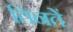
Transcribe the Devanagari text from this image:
तिनतें